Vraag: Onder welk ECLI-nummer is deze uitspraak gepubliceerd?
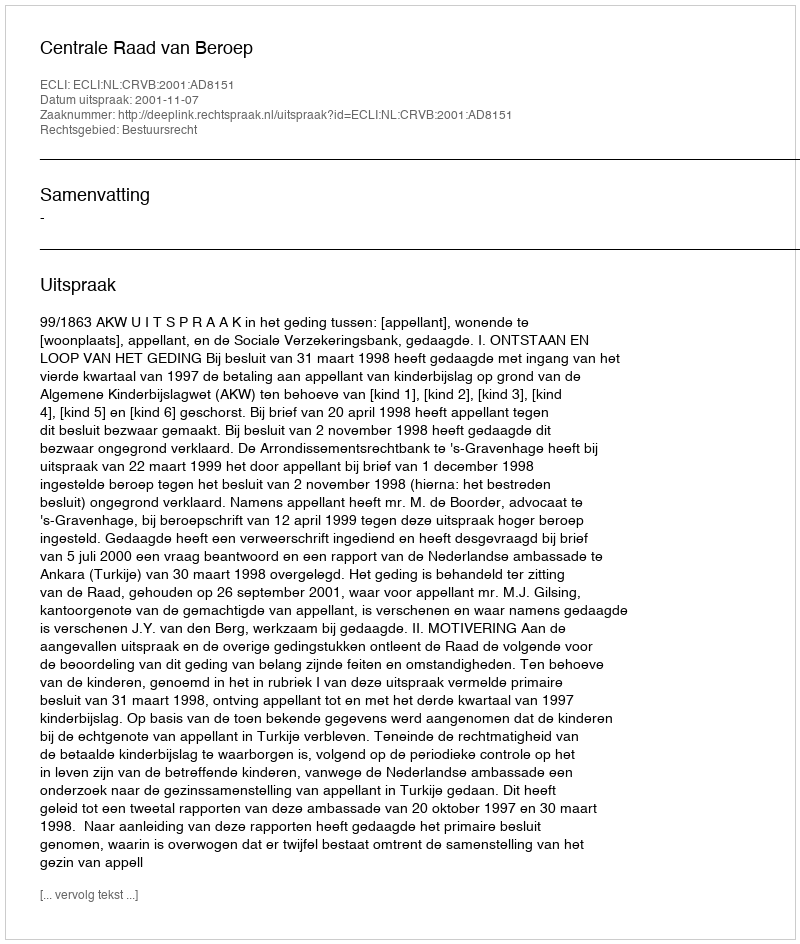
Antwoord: ECLI:NL:CRVB:2001:AD8151